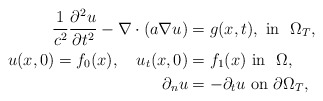
\begin{align*}\frac{1}{c^2}\frac{\partial^2 u}{\partial t^2} - \nabla \cdot ( a \nabla u) &= g(x,t),~ \mbox{in}~~ \Omega_T, \\ u(x,0) = f_0(x), ~~~u_t(x,0) &= f_1(x)~ \mbox{in}~~ \Omega, \\\partial _{n} u& =-\partial _{t} u ~\mbox{on}~ \partial \Omega_T,\\\end{align*}